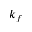
k _ { f }